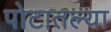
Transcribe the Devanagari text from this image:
पोटातल्या